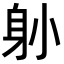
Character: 𨈓